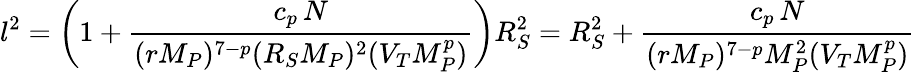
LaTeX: l^{2}=\left(1+{\frac{c_{p}\, N}{(rM_{P})^{7-p}(R_{S}M_{P})^{2}(V_{T}M_{P}^{p})}}\right)R_{S}^{2}=R_{S}^{2}+{\frac{c_{p}\, N}{(rM_{P})^{7-p}M_{P}^{2}(V_{T}M_{P}^{p})}}